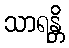
သာရန္တိ